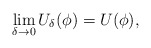
\begin{align*}\lim_{\delta\to 0}U_\delta(\phi)=U(\phi),\end{align*}